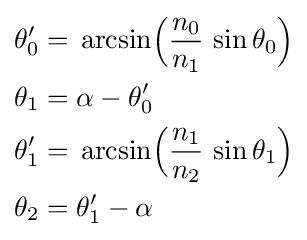
{\begin{aligned}\theta '_{0}&=\,{\text{arcsin}}{\Big (}{\frac {n_{0}}{n_{1}}}\,\sin \theta _{0}{\Big )}\\\theta _{1}&=\alpha -\theta '_{0}\\\theta '_{1}&=\,{\text{arcsin}}{\Big (}{\frac {n_{1}}{n_{2}}}\,\sin \theta _{1}{\Big )}\\\theta _{2}&=\theta '_{1}-\alpha \end{aligned}}